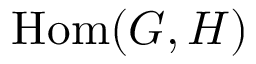
{ \mathrm { H o m } } ( G , H )